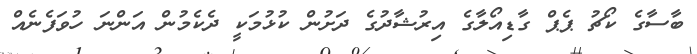
ބާސާގެ ކޯޗު ޕެޕް ގާޑިއޯލާގެ އިރުޝާދުގެ ދަށުން ކުޅުމަކީ ދެކެމުން އަންނަ ހުވަފެނެއް